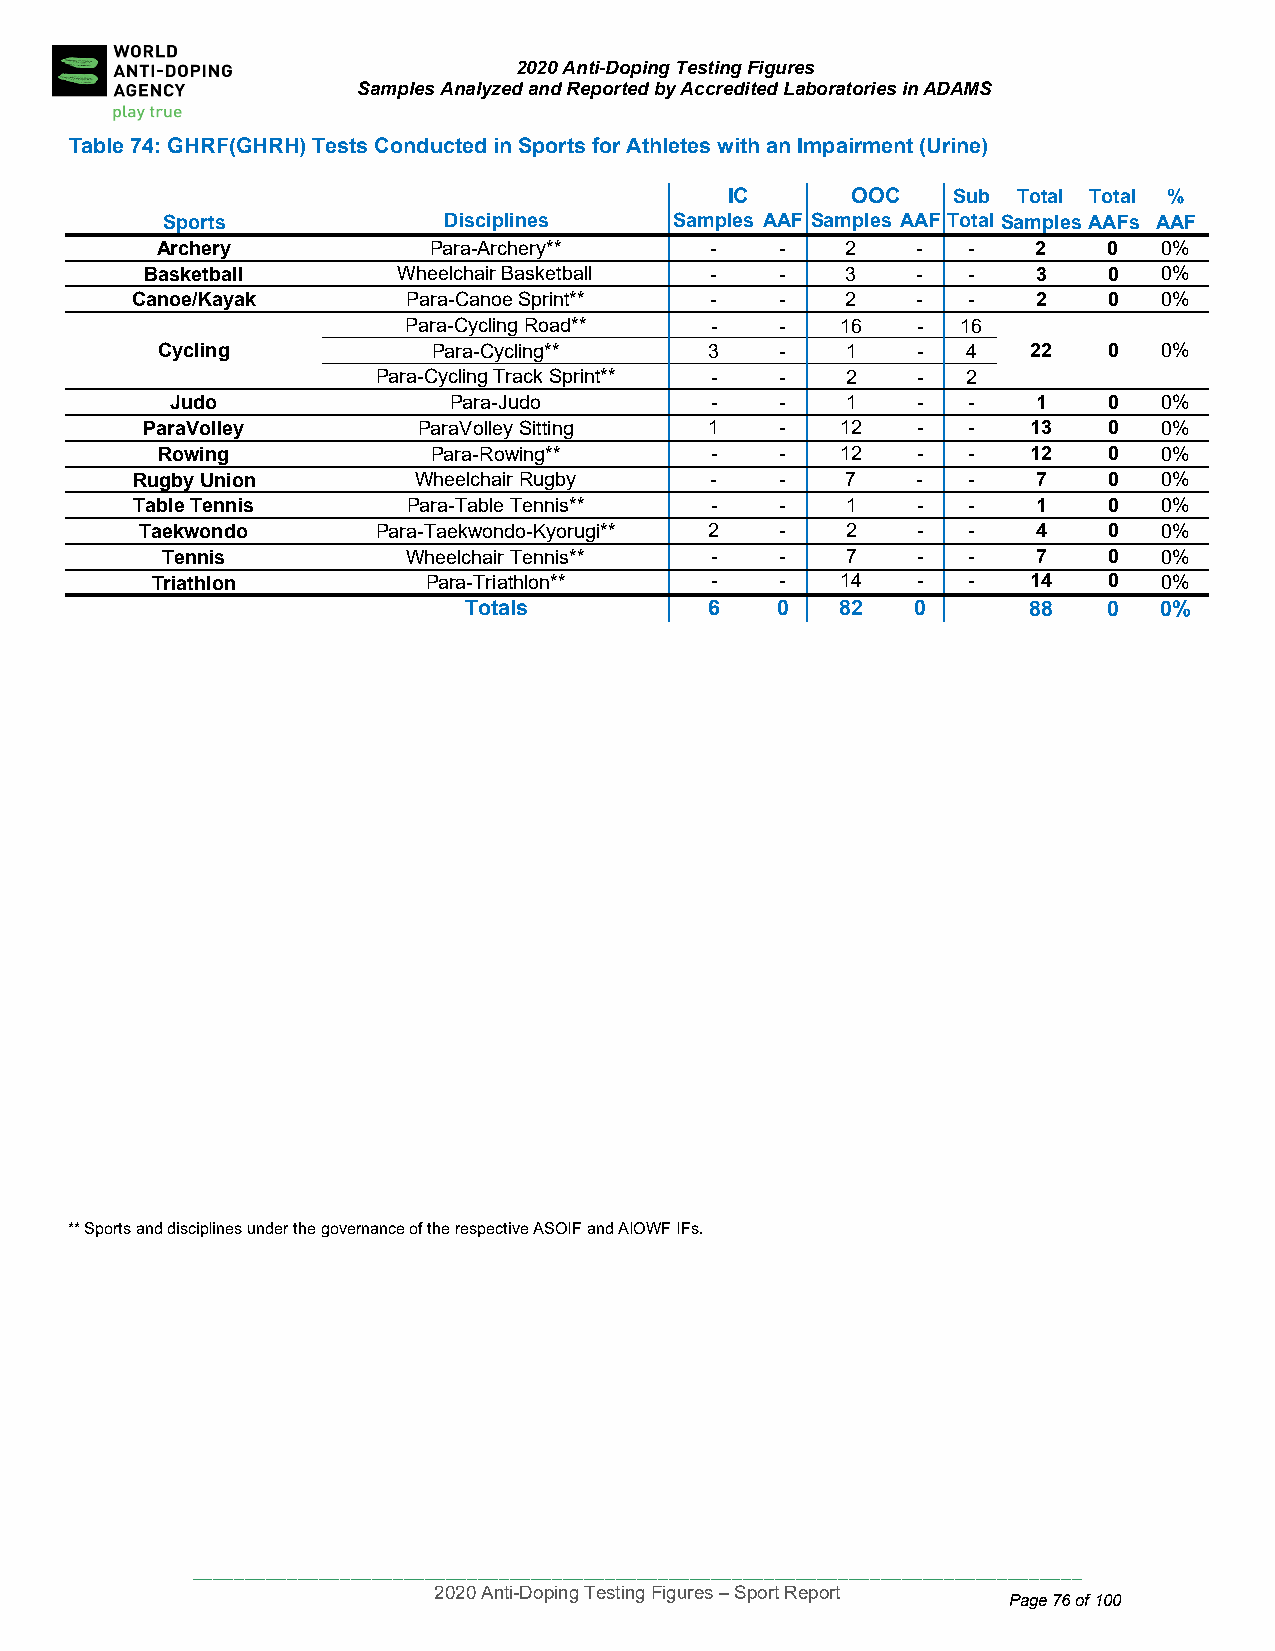
2020 Anti-Doping Testing Figures
 Samples Analyzed and Reported by Accredited Laboratories in ADAMS
 Table 74: GH RF(GHRH) Tests Conducted in Sports for Athletes with an Impairment (Urine)
 IC      OOC    Sub Total Total %
 Sports            Disciplines     Samples AAF Samples AAF TotalSamples AAFs AAF
 Archery           Para-Archery**     -    -   2    -  -    2   0   0%
 Basketball      Wheelchair Basketball -   -   3    -  -    3   0   0%
 Canoe/Kayak       Para-Canoe Sprint** -    -   2    -  -    2   0   0%
 Para-Cycling Road** -    -   16   -  16
 Cycling            Para-Cycling**    3    -   1    -  4   22   0   0%
 Para-Cycling Track Sprint** - - 2   -  2
 Ju do              Para-Judo        -    -   1    -  -    1   0   0%
 ParaV olley        ParaVolley Sitting 1    -   12   -  -   13   0   0%
 Row ing            Para-Rowing**     -    -   12   -  -   12   0   0%
 Rugby Union       Wheelchair Rugby    -    -   7    -  -    7   0   0%
 Table Tennis      Para-Table Tennis** -    -   1    -  -    1   0   0%
 Taekw ondo      Para-Taekwondo-Kyorugi** 2 -   2    -  -    4   0   0%
 Tennis          Wheelchair Tennis** -    -   7    -  -    7   0   0%
 Triathlon         Para-Triathlon**   -    -   14   -  -   14   0   0%
 Totals          6   0    82  0       88   0   0%
 ** Sports and dis ciplines under the governance of th e respective ASOIF and AIOWF IFs.
 ____________________________________________________________________________________
 2020 Anti-Doping Testing Figures – Sport Report
 Page 76 of 100